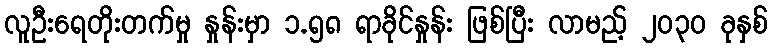
လူဦးရေတိုးတက်မှု နှုန်းမှာ ၁.၅၈ ရာခိုင်နှုန်း ဖြစ်ပြီး လာမည့် ၂၀၃၀ ခုနှစ်